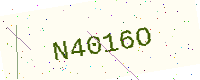
Text: N4016O